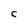
Character: C